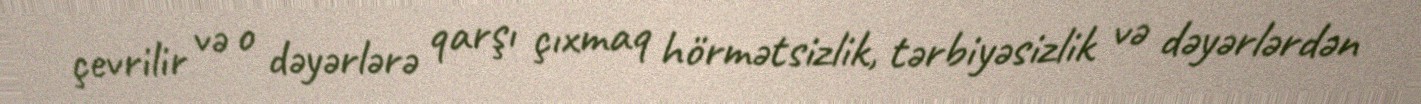
çevrilir və o dəyərlərə qarşı çıxmaq hörmətsizlik, tərbiyəsizlik və dəyərlərdən